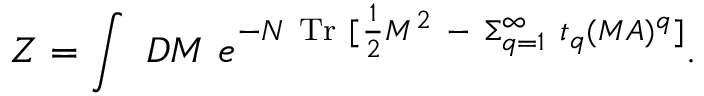
Z = \int ~ { \cal D } M ~ e ^ { - N \ \mathrm { T r } ~ [ { \frac { 1 } { 2 } } M ^ { 2 } ~ - { } ~ \Sigma _ { q = 1 } ^ { \infty } ~ t _ { q } ( M A ) ^ { q } ] } .